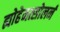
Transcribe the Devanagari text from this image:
ह्योहेनत्सोलर्न